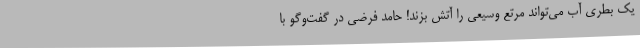
یک بطری آب می‌تواند مرتع وسیعی را آتش بزند! حامد فرضی در گفت‌وگو با